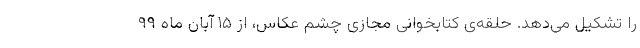
را تشکیل می‌دهد. حلقه‌ی کتابخوانی مجازی چشم عکاس، از ۱۵ آبان ماه ۹۹